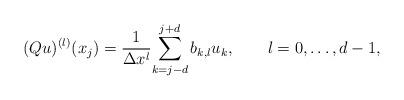
LaTeX: \begin{align*} (Qu)^{(l)}(x_j)=\frac{1}{\Delta x^l}\displaystyle{\sum_{k=j-d}^{j+d}b_{k,l} u_k},~~~~~~l=0, \ldots,d-1,\end{align*}